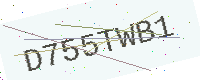
Text: D755TWB1